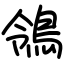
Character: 鴒